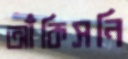
আঁকিসনি